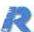
R